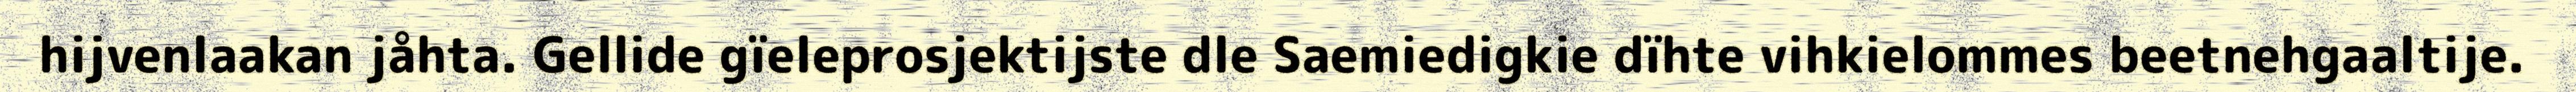
hijvenlaakan jåhta. Gellide gïeleprosjektijste dle Saemiedigkie dïhte vihkielommes beetnehgaaltije.